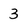
Character: 3